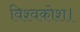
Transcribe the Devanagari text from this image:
विश्वकोश।